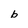
Character: b